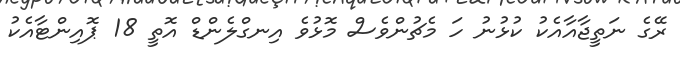
ރޭގެ ނަތީޖާއާއެކު ކުޅުނު ހަ މެޗުންވެސް މޮޅުވެ އިނގްލެންޑް އޮތީ 18 ޕޮއިންޓާއެކު